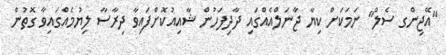
"އޭޖިންގ ސެލް" ނަމަކަށް ކިޔާ ޖާނަލްއެއްގައި ދާދިފަހުން ޝާއިއުކޮށްފައިވާ ދިރާސާ ލިޔުމެއްގައިވާ ގޮތުން